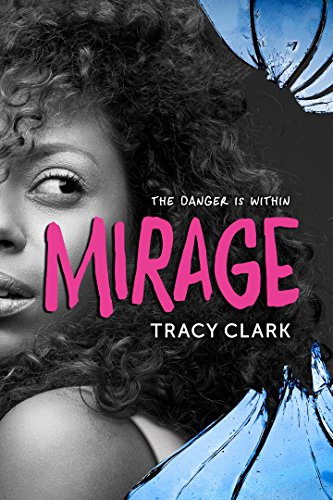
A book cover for Mirage; Tracy Clark; Teen & Young Adult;